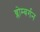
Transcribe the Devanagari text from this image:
ब्लोम्बर्गन